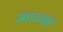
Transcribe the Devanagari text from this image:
अंतरस्कूल